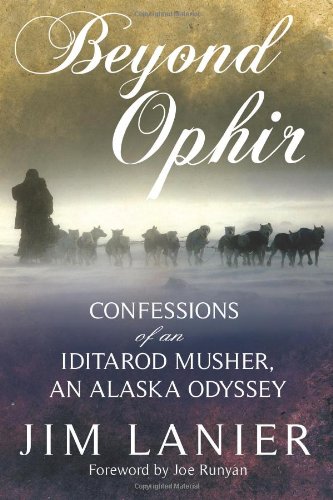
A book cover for Beyond Ophir: Confessions of an Iditarod Musher, An Alaska Odyssey; Jim Lanier; Sports & Outdoors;